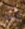
لتو